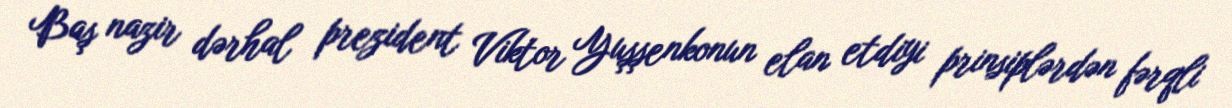
Baş nazir dərhal prezident Viktor Yuşşenkonun elan etdiyi prinsiplərdən fərqli